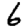
Digit: 6